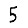
Digit: 5